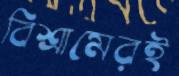
বিশ্রামেরই